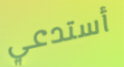
أستدعي